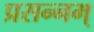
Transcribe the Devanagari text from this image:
प्रसन्नम्